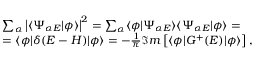
\begin{array} { r l } & { \sum _ { \alpha } \left| \langle \Psi _ { \alpha E } | \phi \rangle \right| ^ { 2 } = \sum _ { \alpha } \langle \phi | \Psi _ { \alpha E } \rangle \langle \Psi _ { \alpha E } | \phi \rangle = } \\ & { = \langle \phi | \delta ( E - H ) | \phi \rangle = - \frac { 1 } { \pi } \Im m \left[ \langle \phi | G ^ { + } ( E ) | \phi \rangle \right] , } \end{array}